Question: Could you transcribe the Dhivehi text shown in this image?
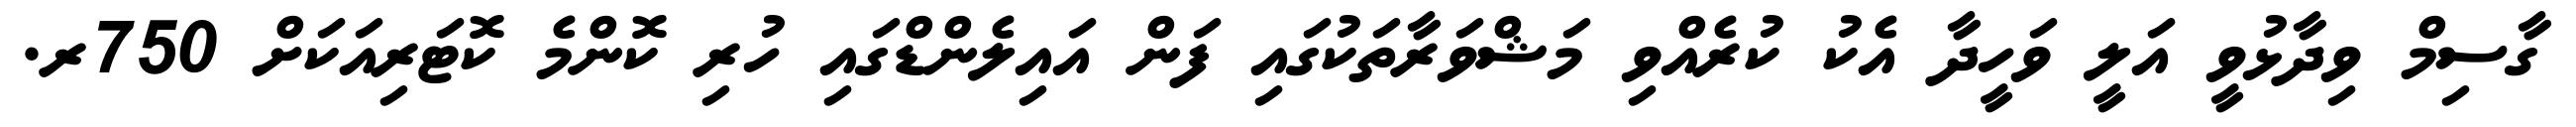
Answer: ގާސިމް ވިދާޅުވީ އަލީ ވަހީދާ އެކު ކުރެއްވި މަޝްވަރާތަކުގައި ފަން އައިލެންޑްގައި ހުރި ކޮންމެ ކޮޓަރިއަކަށް 750ރ.